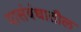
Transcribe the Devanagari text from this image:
यासंबंधातील